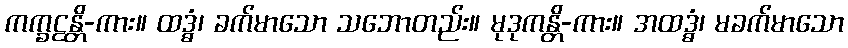
ကက္ခဠန္တိ-ကား။ ထဒ္ဓံ၊ ခက်မာသော သဘောတည်း။ မုဒုကန္တိ-ကား။ အထဒ္ဓံ၊ မခက်မာသော